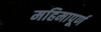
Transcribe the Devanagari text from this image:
महिमापूर्ण